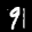
Label: 9